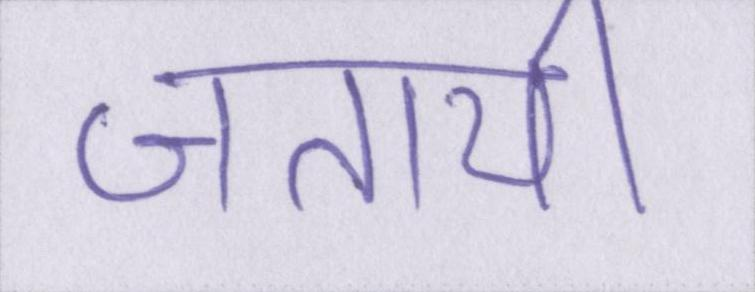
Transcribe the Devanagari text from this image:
जतायी